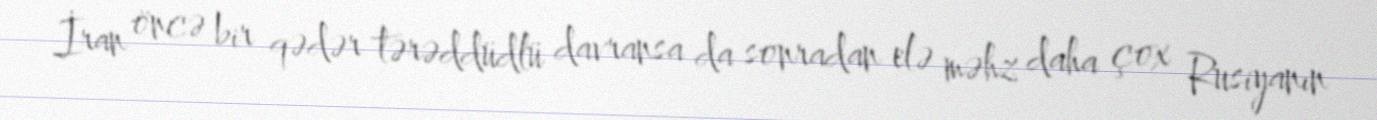
İran öncə bir qədər tərəddüdlü davransa da sonradan elə məhz daha çox Rusiyanın